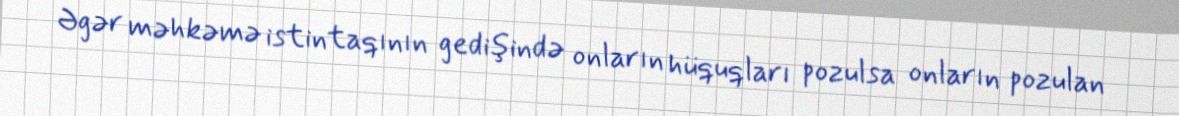
Əgər məhkəmə istintaqının gedişində onların hüquqları pozulsa onların pozulan